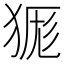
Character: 𭸔